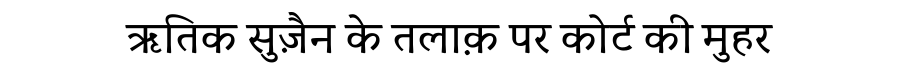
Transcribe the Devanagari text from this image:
ऋतिक सुज़ैन के तलाक़ पर कोर्ट की मुहर